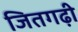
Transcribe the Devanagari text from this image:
जितगढ़ी